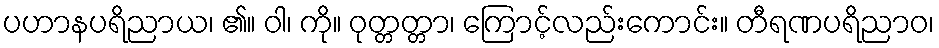
ပဟာနပရိညာယ၊ ၏။ ဝါ၊ ကို။ ဝုတ္တတ္တာ၊ ကြောင့်လည်းကောင်း။ တီရဏပရိညာဝ၊